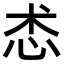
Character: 怸